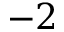
- 2